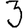
Digit: 3